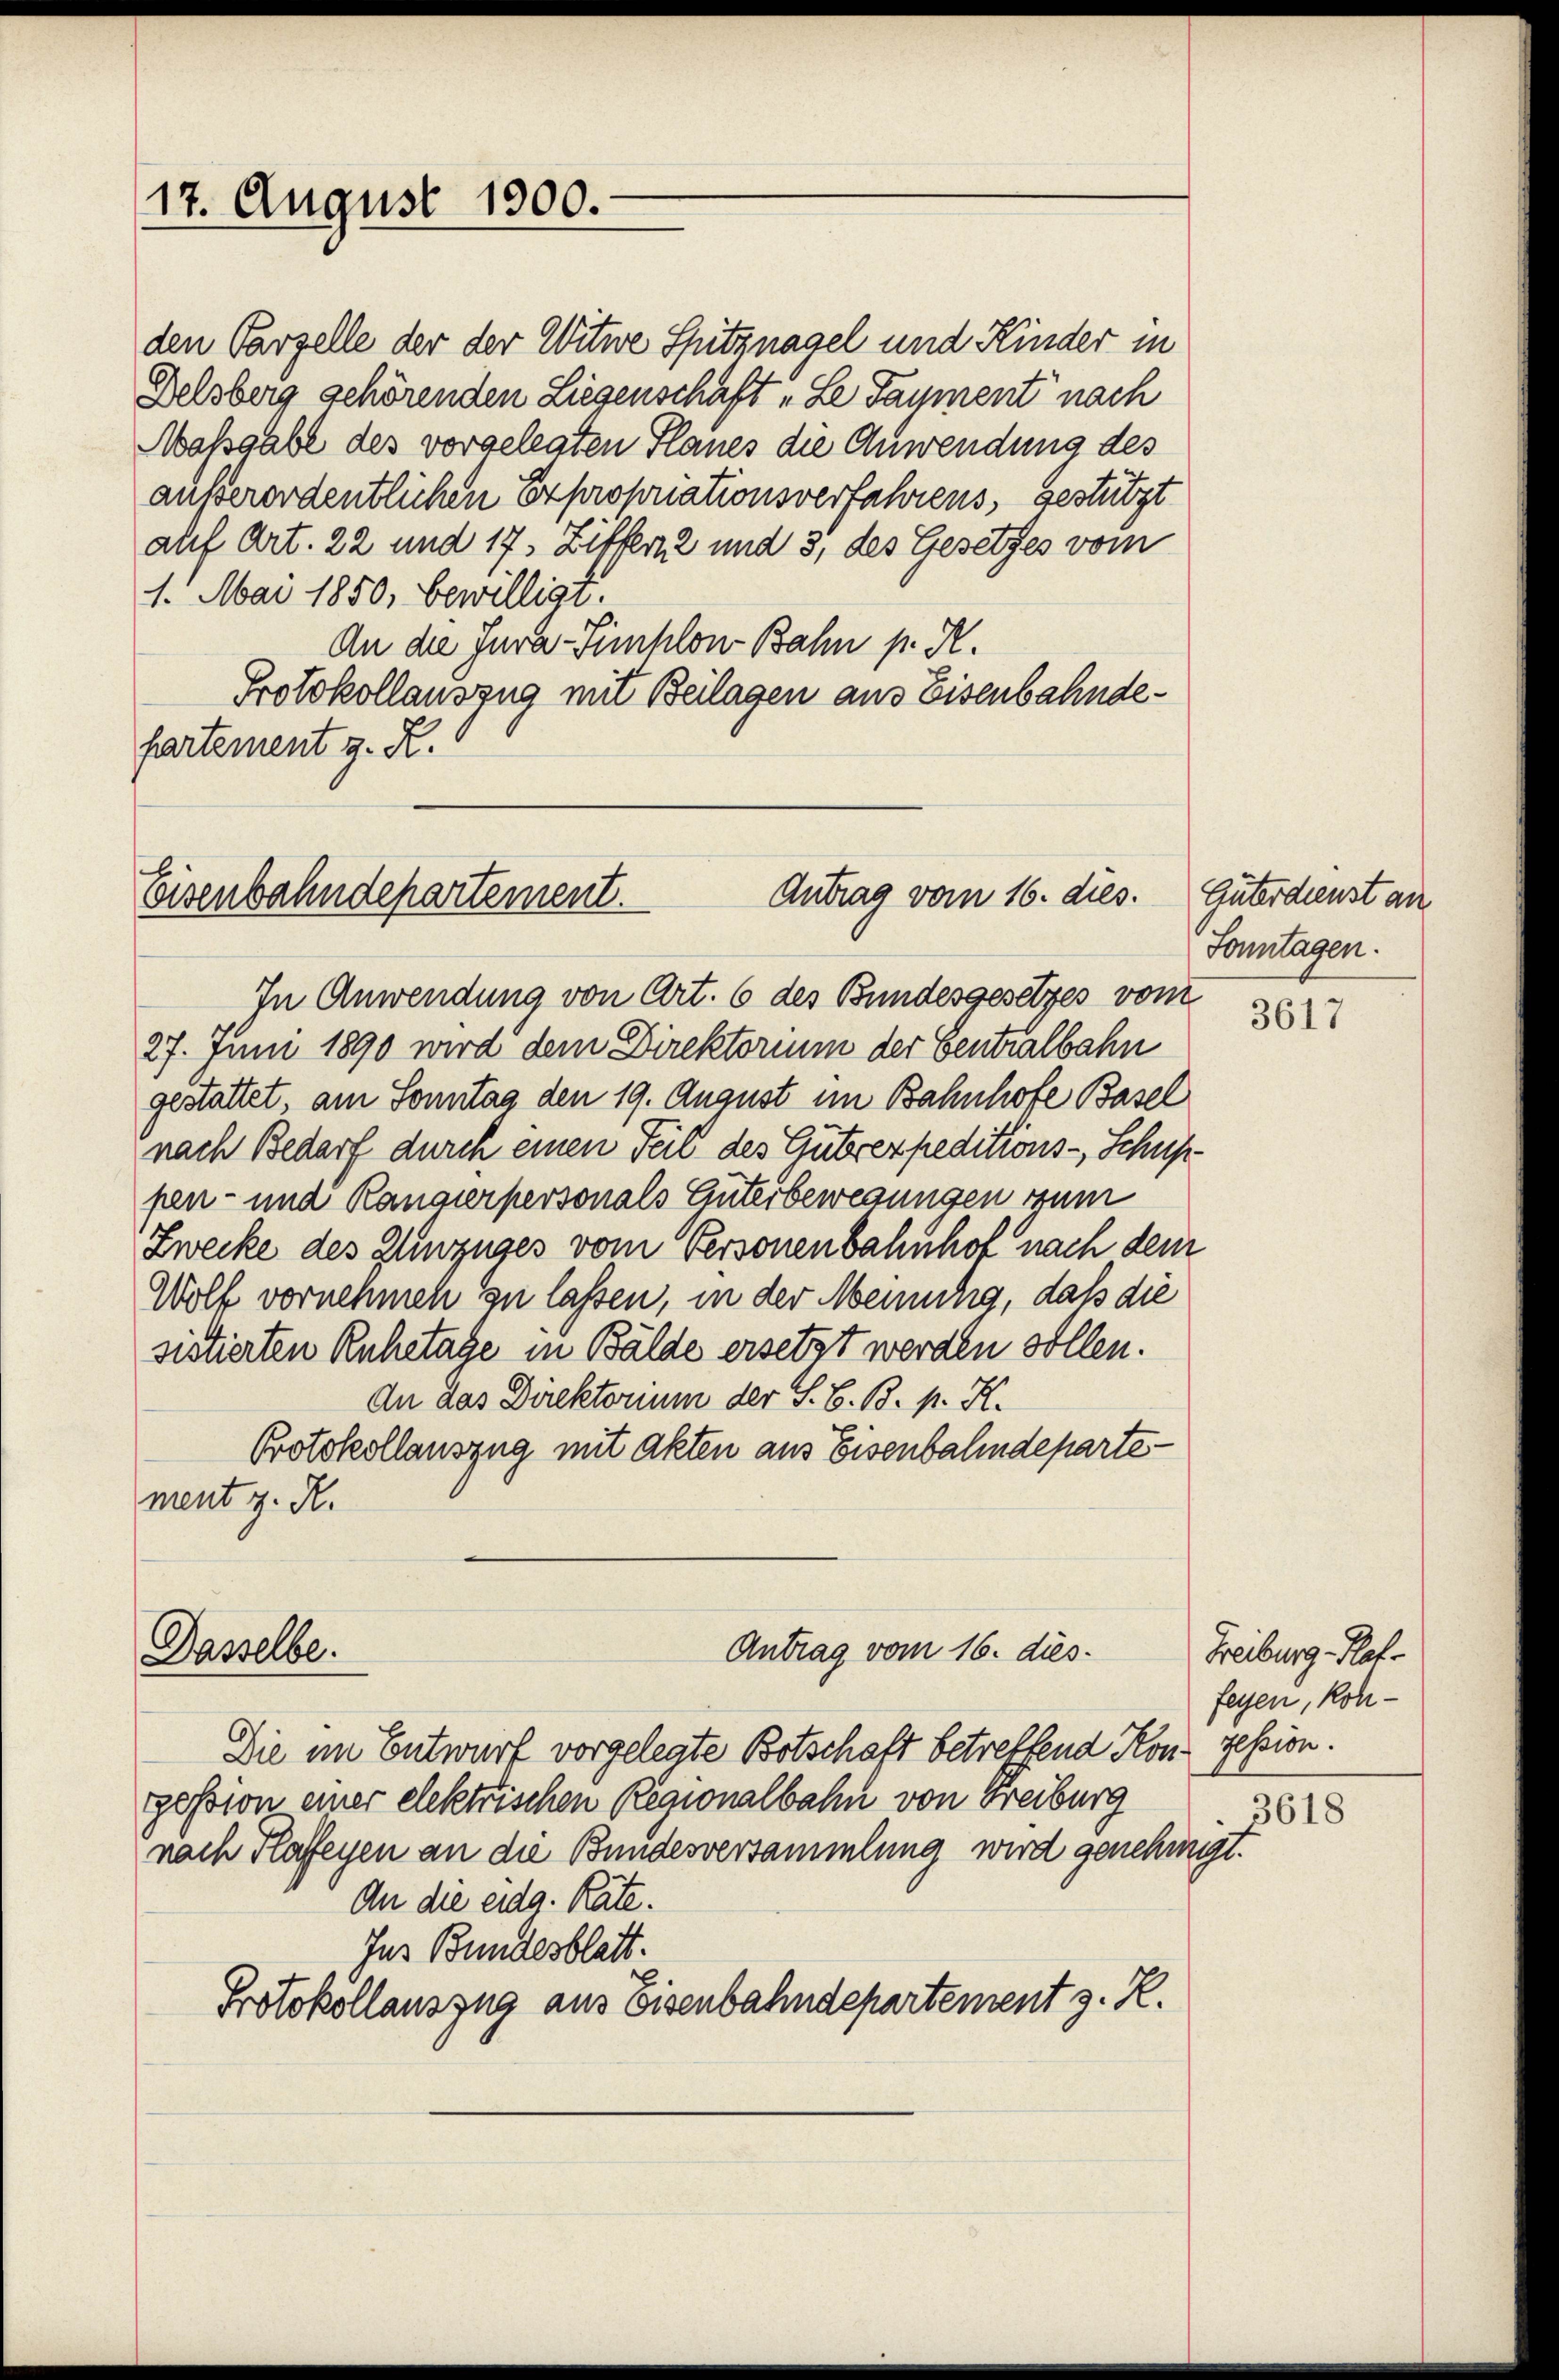
17. August 1900.

1. Mai 1850, bewilligt.
An die Jura-Simplon Bahn pr. K.
Protokollauszug mit Beilagen aus Eisenbahndefartement z. R.

den Parzelle der der Witwe Spitznagel und Kinder in
Delsberg gehörenden Liegenschaft „Le Saument nach
Massgabe des vorgelegten Planes die Anwendung des
außerordentlichen Expropriationsverfahrens, gestützt
auf Art. 22 und 17. Ziffer 2 und 3, des Gesetzes vom

Antrag vom 16. dies.
Eisenbahndepartement.

In Anwendung von Art. 6 des Bundesgesetzes vom
27. Juni 1890 wird dem Direktorium der Centralbahn
gestattet, am Sonntag den 19. August im Bahnhofe Basel
nach Bedarf durch einen Teil des Guterexpeditions-Schup
pen- und Rangierpersonals Einterbewegungen zum
Zwecke des Umzuges vom Personenbahnhof nach dem
Wolf vornehmen zu lassen, in der Meinung, daß die
sistierten Ruhetage in Bälde ersetzt werden sollen.
An das Direktorium der S. B. B. p. K.
Protokollauszug mit Akten aus Eisenbahndepartement z. R.

Dasselbe.

Antrag vom 16. dies

Die im Entwurf vorgelegte Botschaft betreffend Konzession.
ession einer elektrischen Regionalbahn von Freiburg
nach Flaffeyen an die Bundesversammlung wird genehmigt.
An die eidg. Rate.
Ins Bundesblatt.
Protokollauszug aus Eisenbahndepartement z. R.

Güterdienst an
Sonntagen.

3617

Freiburg-Rat.
feyen, kon¬
3618